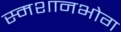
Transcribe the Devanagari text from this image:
स्मशानभोग